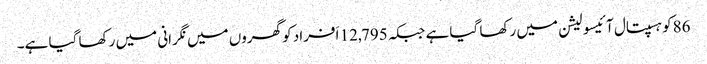
86کو ہسپتال آئیسولیشن میں رکھا گیا ہے جبکہ 12,795 اَفراد کو گھروں میں نگرانی میں رکھا گیا ہے۔